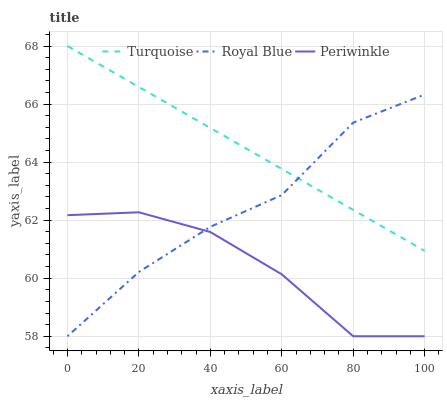
| xaxis_label | Turquoise | Royal Blue | Periwinkle |
 | --- | --- | --- | --- |
 | 0 | 68 | 58 | 62.2 |
 | 20 | 66.6 | 60.2 | 62.3 |
 | 40 | 65.2 | 61.8 | 61.6 |
 | 60 | 63.8 | 62.9 | 60.1 |
 | 80 | 62.4 | 65.4 | 58 |
 | 100 | 60.9 | 66.3 | 58 |